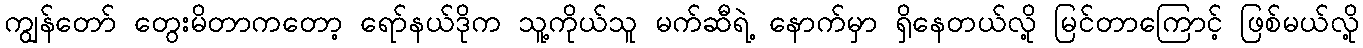
ကျွန်တော် တွေးမိတာကတော့ ရော်နယ်ဒိုက သူ့ကိုယ်သူ မက်ဆီရဲ့ နောက်မှာ ရှိနေတယ်လို့ မြင်တာကြောင့် ဖြစ်မယ်လို့